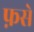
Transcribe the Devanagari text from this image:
फ़से